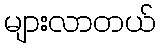
များလာတယ်